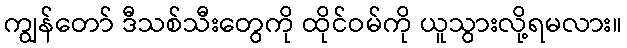
ကျွန်တော် ဒီသစ်သီးတွေကို ထိုင်ဝမ်ကို ယူသွားလို့ရမလား။